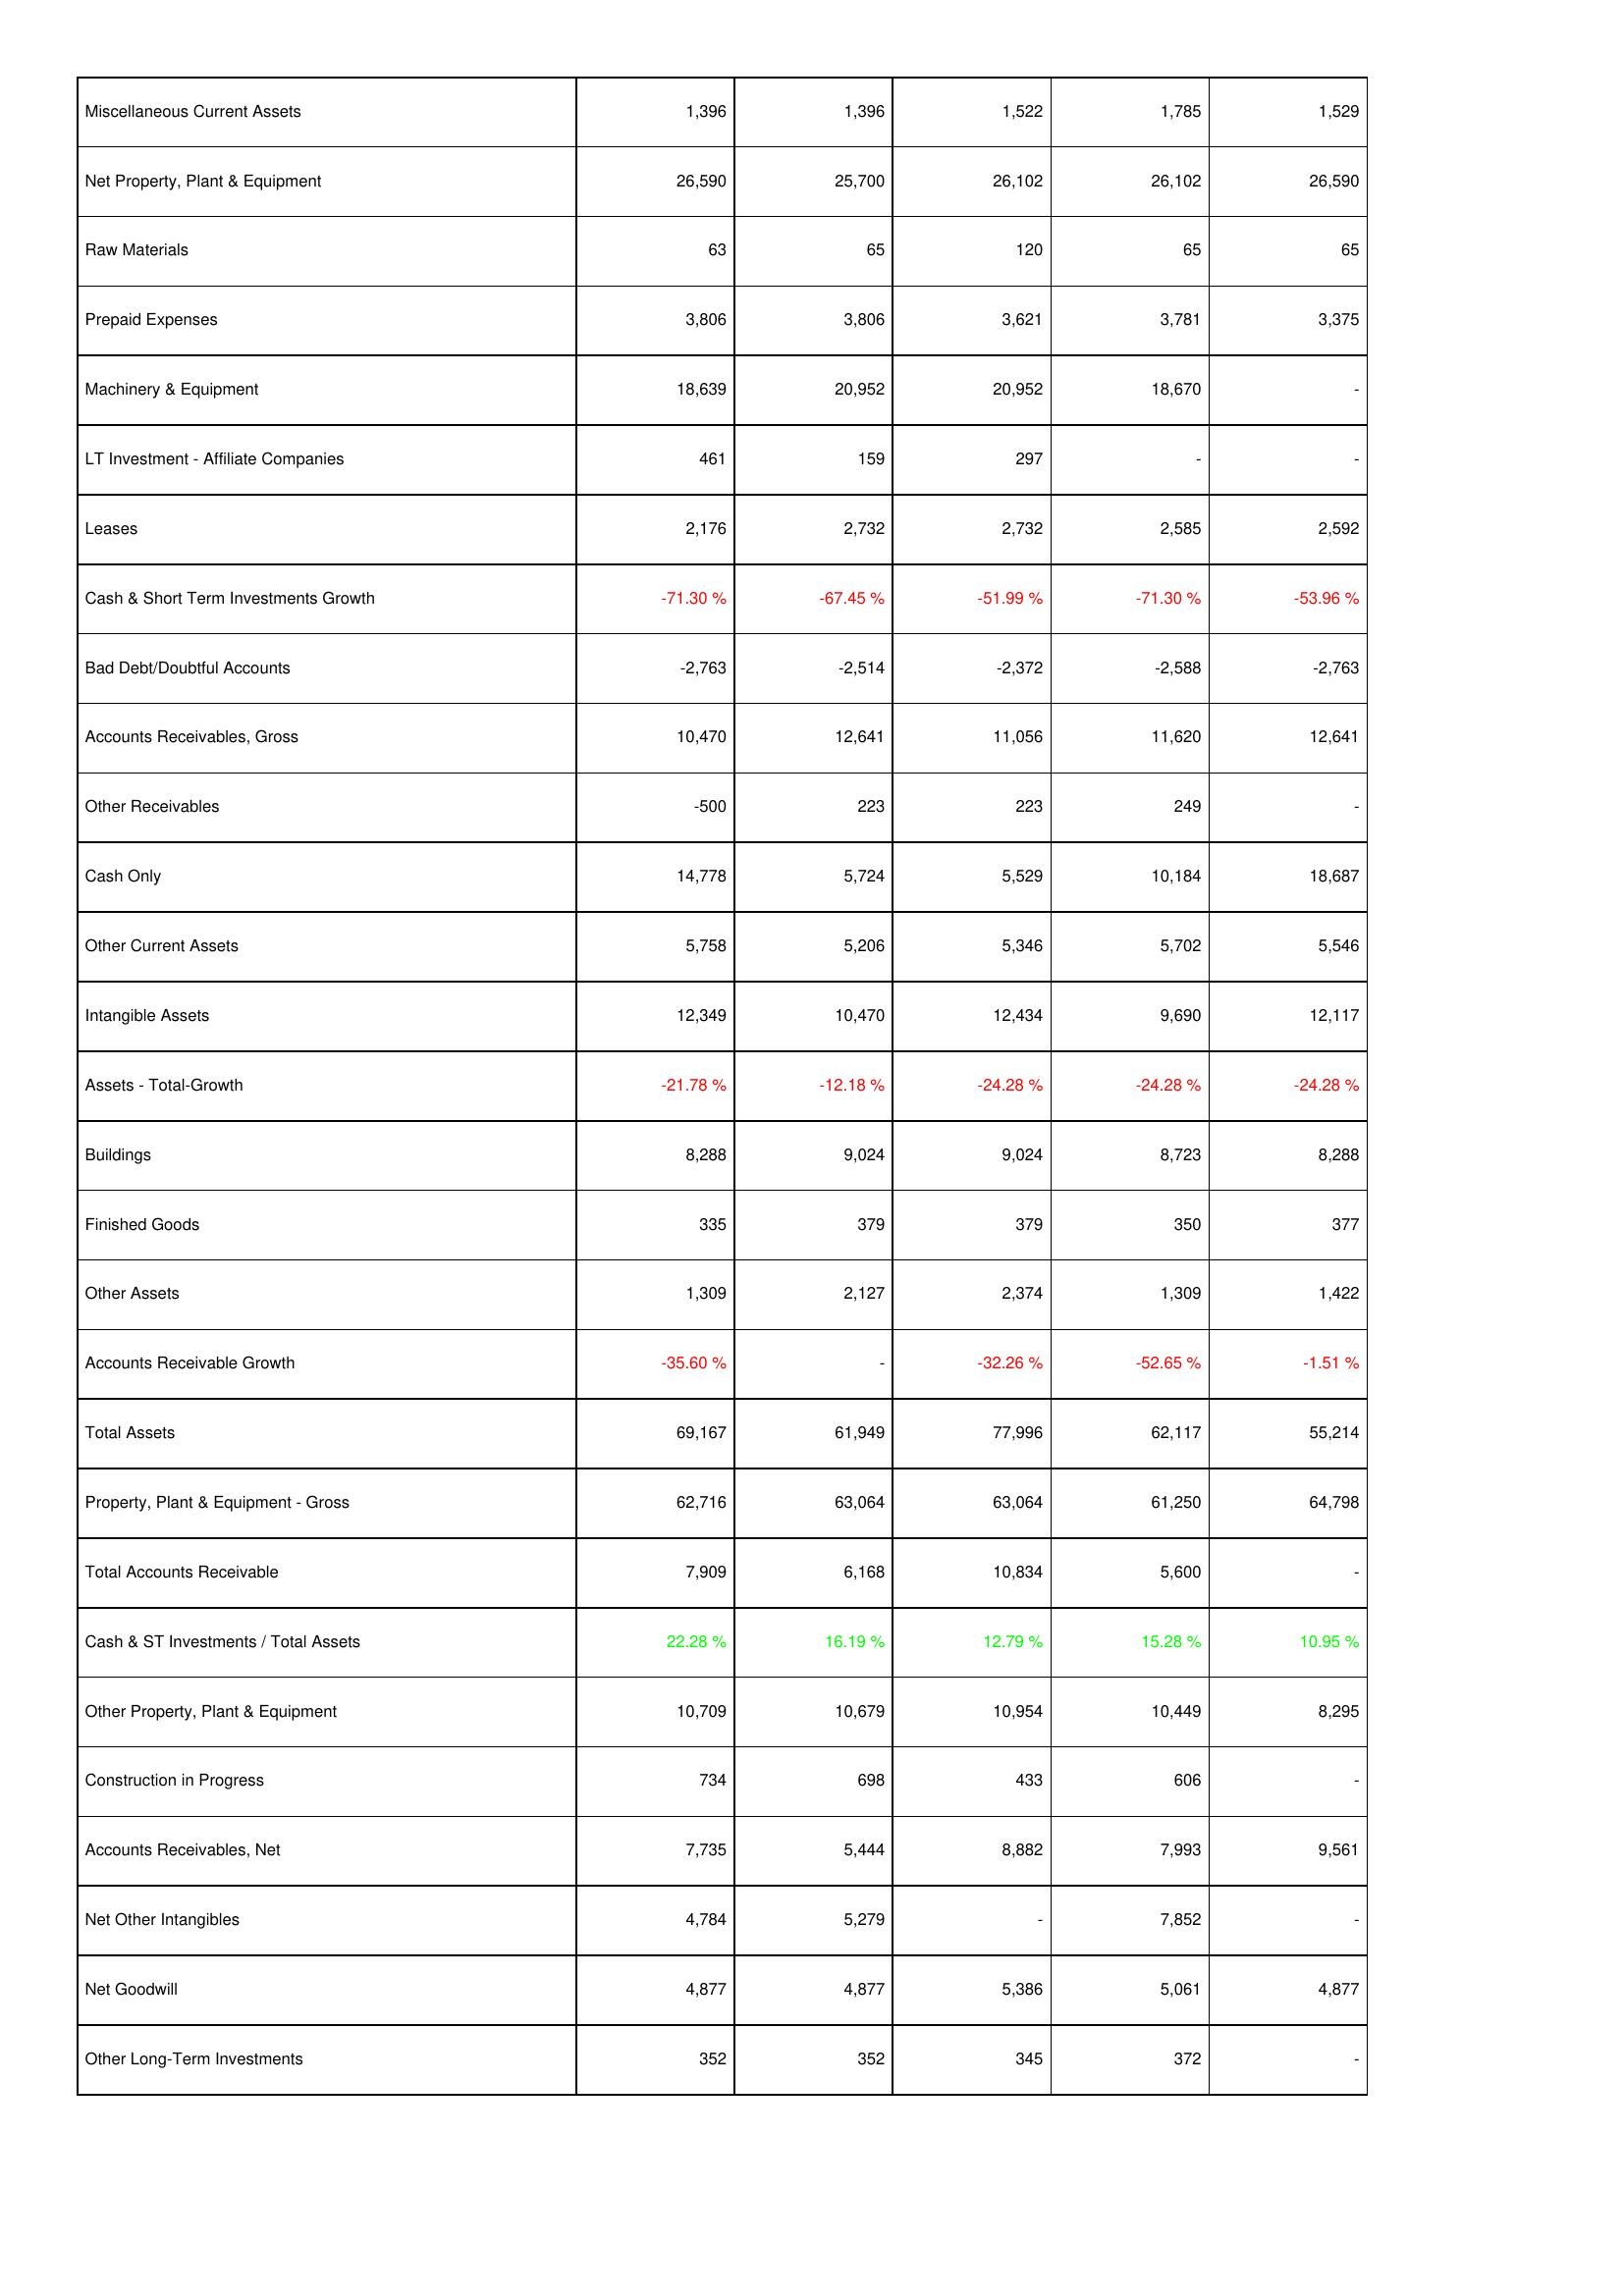
2025: Assets: Miscellaneous Current Assets: 1,396
Net Property, Plant & Equipment: 26,590
Raw Materials: 63
Prepaid Expenses: 3,806
Machinery & Equipment: 18,639
LT Investment - Affiliate Companies: 461
Leases: 2,176
Cash & Short Term Investments Growth: -71.30 %
Bad Debt/Doubtful Accounts: -2,763
Accounts Receivables, Gross: 10,470
Other Receivables: -500
Cash Only: 14,778
Other Current Assets: 5,758
Intangible Assets: 12,349
Assets - Total-Growth: -21.78 %
Buildings: 8,288
Finished Goods: 335
Other Assets: 1,309
Accounts Receivable Growth: -35.60 %
Total Assets: 69,167
Property, Plant & Equipment - Gross: 62,716
Total Accounts Receivable: 7,909
Cash & ST Investments / Total Assets: 22.28 %
Other Property, Plant & Equipment: 10,709
Construction in Progress: 734
Accounts Receivables, Net: 7,735
Net Other Intangibles: 4,784
Net Goodwill: 4,877
Other Long-Term Investments: 352
2024: Assets: Miscellaneous Current Assets: 1,396
Net Property, Plant & Equipment: 25,700
Raw Materials: 65
Prepaid Expenses: 3,806
Machinery & Equipment: 20,952
LT Investment - Affiliate Companies: 159
Leases: 2,732
Cash & Short Term Investments Growth: -67.45 %
Bad Debt/Doubtful Accounts: -2,514
Accounts Receivables, Gross: 12,641
Other Receivables: 223
Cash Only: 5,724
Other Current Assets: 5,206
Intangible Assets: 10,470
Assets - Total-Growth: -12.18 %
Buildings: 9,024
Finished Goods: 379
Other Assets: 2,127
Accounts Receivable Growth: -
Total Assets: 61,949
Property, Plant & Equipment - Gross: 63,064
Total Accounts Receivable: 6,168
Cash & ST Investments / Total Assets: 16.19 %
Other Property, Plant & Equipment: 10,679
Construction in Progress: 698
Accounts Receivables, Net: 5,444
Net Other Intangibles: 5,279
Net Goodwill: 4,877
Other Long-Term Investments: 352
2023: Assets: Miscellaneous Current Assets: 1,522
Net Property, Plant & Equipment: 26,102
Raw Materials: 120
Prepaid Expenses: 3,621
Machinery & Equipment: 20,952
LT Investment - Affiliate Companies: 297
Leases: 2,732
Cash & Short Term Investments Growth: -51.99 %
Bad Debt/Doubtful Accounts: -2,372
Accounts Receivables, Gross: 11,056
Other Receivables: 223
Cash Only: 5,529
Other Current Assets: 5,346
Intangible Assets: 12,434
Assets - Total-Growth: -24.28 %
Buildings: 9,024
Finished Goods: 379
Other Assets: 2,374
Accounts Receivable Growth: -32.26 %
Total Assets: 77,996
Property, Plant & Equipment - Gross: 63,064
Total Accounts Receivable: 10,834
Cash & ST Investments / Total Assets: 12.79 %
Other Property, Plant & Equipment: 10,954
Construction in Progress: 433
Accounts Receivables, Net: 8,882
Net Other Intangibles: -
Net Goodwill: 5,386
Other Long-Term Investments: 345
2022: Assets: Miscellaneous Current Assets: 1,785
Net Property, Plant & Equipment: 26,102
Raw Materials: 65
Prepaid Expenses: 3,781
Machinery & Equipment: 18,670
LT Investment - Affiliate Companies: -
Leases: 2,585
Cash & Short Term Investments Growth: -71.30 %
Bad Debt/Doubtful Accounts: -2,588
Accounts Receivables, Gross: 11,620
Other Receivables: 249
Cash Only: 10,184
Other Current Assets: 5,702
Intangible Assets: 9,690
Assets - Total-Growth: -24.28 %
Buildings: 8,723
Finished Goods: 350
Other Assets: 1,309
Accounts Receivable Growth: -52.65 %
Total Assets: 62,117
Property, Plant & Equipment - Gross: 61,250
Total Accounts Receivable: 5,600
Cash & ST Investments / Total Assets: 15.28 %
Other Property, Plant & Equipment: 10,449
Construction in Progress: 606
Accounts Receivables, Net: 7,993
Net Other Intangibles: 7,852
Net Goodwill: 5,061
Other Long-Term Investments: 372
2021: Assets: Miscellaneous Current Assets: 1,529
Net Property, Plant & Equipment: 26,590
Raw Materials: 65
Prepaid Expenses: 3,375
Machinery & Equipment: -
LT Investment - Affiliate Companies: -
Leases: 2,592
Cash & Short Term Investments Growth: -53.96 %
Bad Debt/Doubtful Accounts: -2,763
Accounts Receivables, Gross: 12,641
Other Receivables: -
Cash Only: 18,687
Other Current Assets: 5,546
Intangible Assets: 12,117
Assets - Total-Growth: -24.28 %
Buildings: 8,288
Finished Goods: 377
Other Assets: 1,422
Accounts Receivable Growth: -1.51 %
Total Assets: 55,214
Property, Plant & Equipment - Gross: 64,798
Total Accounts Receivable: -
Cash & ST Investments / Total Assets: 10.95 %
Other Property, Plant & Equipment: 8,295
Construction in Progress: -
Accounts Receivables, Net: 9,561
Net Other Intangibles: -
Net Goodwill: 4,877
Other Long-Term Investments: -